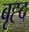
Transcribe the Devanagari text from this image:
बृह्द